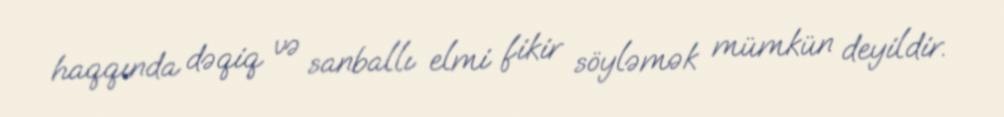
haqqında dəqiq və sanballı elmi fikir söyləmək mümkün deyildir.